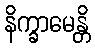
နိက္ခာမေန္တိ